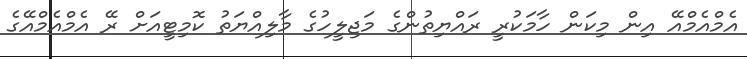
އެމްއެމްއޭ އިން މިކަން ހާމަކުރީ ރައްޔިތުންގެ މަޖިލީހުގެ މާލިއްޔަތު ކޮމިޓީއަށް ރޭ އެމްއެމްއޭގެ